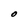
Character: o